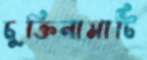
চুক্তিনামাটি